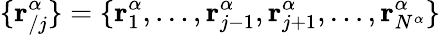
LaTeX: \{ \mathbf{r}_{/j}^{\alpha}\} =\{ \mathbf{r}_{1}^{\alpha},\dots,\mathbf{r}_{j-1}^{\alpha},\mathbf{r}_{j+1}^{\alpha},\dots,\mathbf{r}_{{N}^{\alpha}}^{\alpha}\}